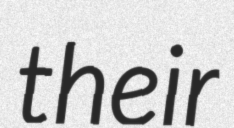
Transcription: their